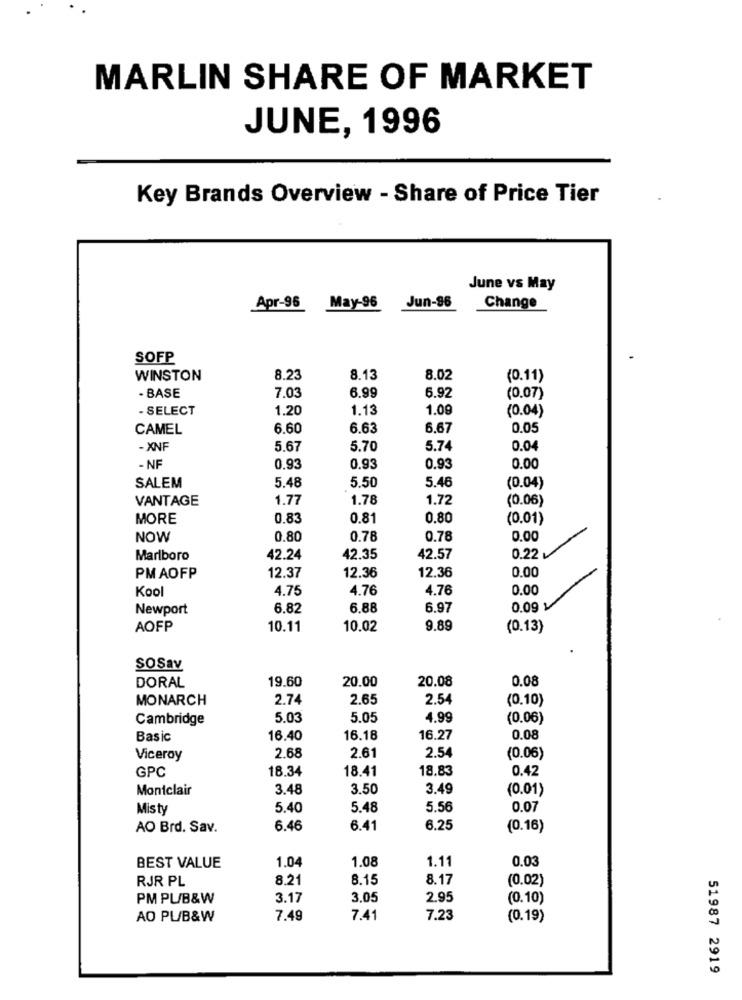
MARLIN SHARE OF MARKET
JUNE, 1996
Key Brands Overview - Share of Price Tier
June vs May
Apr-96
May-96
Jun-96
Change
SOFP
WINSTON
8.23
8.13
8.02
(0.11)
· BASE
7.03
6.99
6.92
(0.07)
- SELECT
1.20
1.13
1.09
(0.04)
CAMEL
6.60
6.63
6.67
0.05
- XNF
5.67
5.70
5.74
0.04
- NF
0.93
0.93
0.93
0.00
SALEM
5.48
5.50
5.46
(0.04)
VANTAGE
1.77
1.78
1.72
(0.06)
MORE
0.83
0.81
0.80
(0.01)
NOW
0.80
0.78
0.78
0.00
Marlboro
42.24
42.35
42.57
0.22 v
12.36
0.00
PMAOFP
12.37
12.36
Kool
4.75
4.76
4.76
0.00
Newport
6.82
6.88
6.97
0.09 v
AOFP
10.11
10.02
9.89
(0.13)
SOSav
19.60
20.00
20.08
0.08
DORAL
MONARCH
2.74
2.65
2.54
(0.10)
Cambridge
5.03
5.05
4.99
(0.06)
Basic
16.40
16.18
16.27
0.08
Viceroy
2.68
2.61
2.54
(0.06)
GPC
18.34
18.41
18.83
0.42
Montclair
3.48
3.50
3.49
(0.01)
Misty
5.40
5.48
5.56
0.07
AO Brd. Sav.
6.46
6.41
6.25
(0.16)
1.04
1.08
1.11
0.03
BEST VALUE
RJR PL
8.21
8.15
8.17
(0.02)
PM PU/B&W
3.17
3.05
2.95
(0.10)
AO PL/B&W
7.49
7.41
7.23
(0.19)
51987 2919